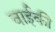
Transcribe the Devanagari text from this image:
वाईकी